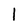
Character: 1